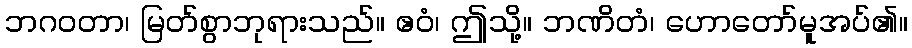
ဘဂဝတာ၊ မြတ်စွာဘုရားသည်။ ဧဝံ၊ ဤသို့။ ဘဏိတံ၊ ဟောတော်မူအပ်၏။